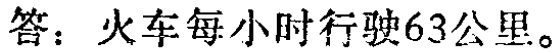
答：火车每小时行驶63公里。